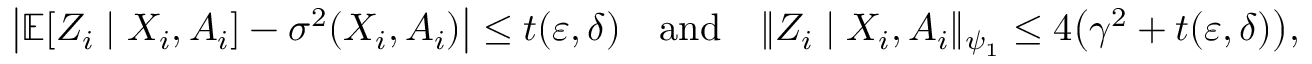
\begin{array} { r } { \left| \ensuremath { { \mathbb { E } } } [ Z _ { i } \mid \ensuremath { X } _ { i } , \ensuremath { A } _ { i } ] - \sigma ^ { 2 } ( \ensuremath { X } _ { i } , \ensuremath { A } _ { i } ) \right| \leq \ensuremath { t } ( \varepsilon , \delta ) \quad \mathrm { a n d } \quad \| Z _ { i } \mid \ensuremath { X } _ { i } , \ensuremath { A } _ { i } \| _ { \psi _ { 1 } } \leq 4 \big ( \gamma ^ { 2 } + \ensuremath { t } ( \varepsilon , \delta ) \big ) , } \end{array}